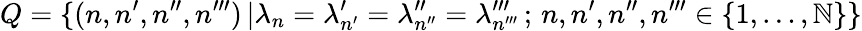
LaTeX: Q=\{ (n,n^{\prime},n^{\prime\prime},n^{\prime\prime\prime})\, |\lambda_{n}=\lambda_{n^{\prime}}^{\prime}=\lambda_{n^{\prime\prime}}^{\prime\prime}=\lambda_{n^{\prime\prime\prime}}^{\prime\prime\prime}\, ;\, n,n^{\prime},n^{\prime\prime},n^{\prime\prime\prime}\in\{ 1,\ldots,\mathbb{N}\} \}